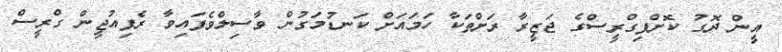
އީން ދޮގު ކޮށްފިގްރީސްގެ ޖަޒީރާ ރަށްތަކާ ހަމައަށް ކަނޑުމަގުން ވާސިލްވެފައިވާ ރެފިއުޖީން ގްރީސް